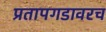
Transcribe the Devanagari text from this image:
प्रतापगडावरच